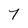
Character: 7